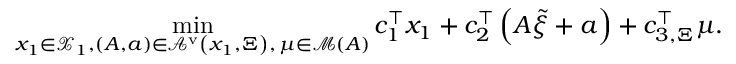
\operatorname* { m i n } _ { \substack { { x } _ { 1 } \in { \mathcal X } _ { 1 } , \left( A , { a } \right) \in { \mathcal A } ^ { \mathrm { v } } \left( { x } _ { 1 } , { \Xi } \right) , \, { \mu } \in { \mathcal M } \left( A \right) } } { c } _ { 1 } ^ { \top } { x } _ { 1 } + { c } _ { 2 } ^ { \top } \left( A \tilde { \xi } + { a } \right) + { c } _ { 3 , \Xi } ^ { \top } { \mu } .